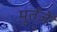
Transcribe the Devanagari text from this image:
मूर्तजे